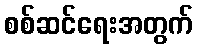
စစ်ဆင်ရေးအတွက်